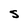
Character: S